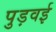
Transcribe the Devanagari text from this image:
पुड़वई